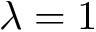
\lambda = 1